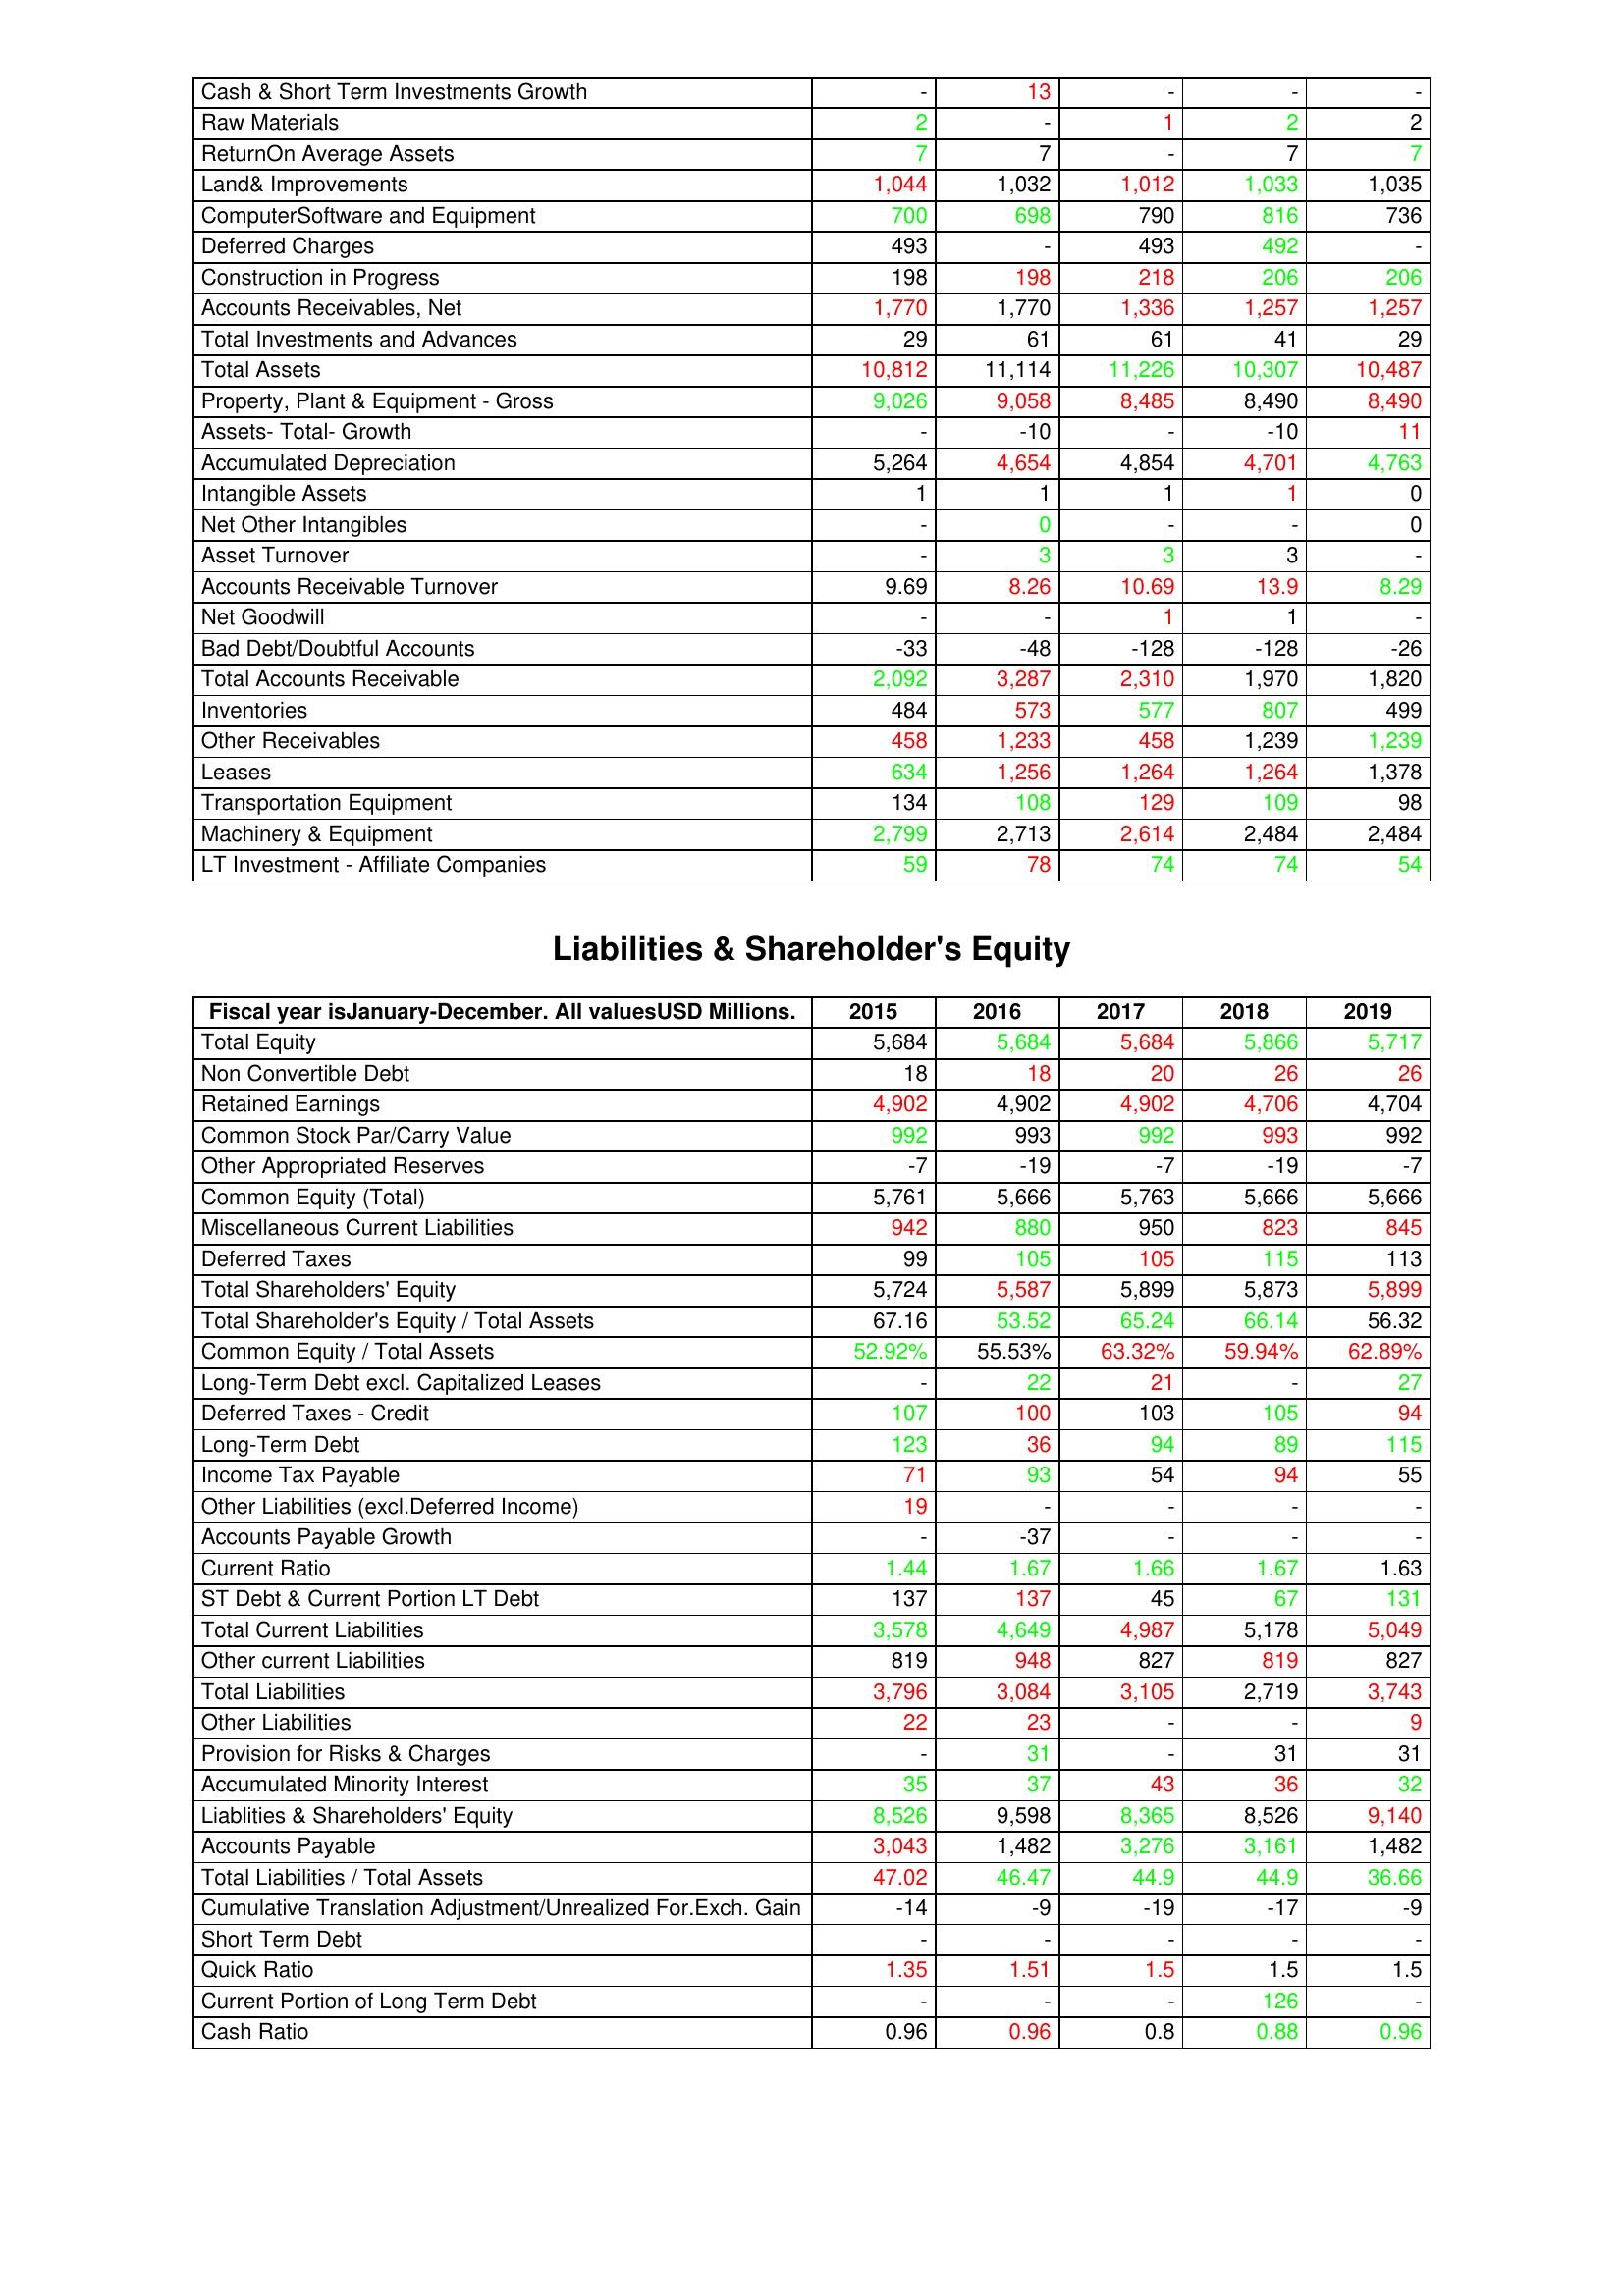
gt_parse: 2015: Assets: Cash & Short Term Investments Growth: -
Raw Materials: 2
ReturnOn Average Assets: 7
Land& Improvements: 1,044
ComputerSoftware and Equipment: 700
Deferred Charges: 493
Construction in Progress: 198
Accounts Receivables, Net: 1,770
Total Investments and Advances: 29
Total Assets: 10,812
Property, Plant & Equipment - Gross : 9,026
Assets- Total- Growth: -
Accumulated Depreciation: 5,264
Intangible Assets: 1
Net Other Intangibles: -
Asset Turnover: -
Accounts Receivable Turnover: 9.69
Net Goodwill: -
Bad Debt/Doubtful Accounts: -33
Total Accounts Receivable: 2,092
Inventories: 484
Other Receivables: 458
Leases: 634
Transportation Equipment: 134
Machinery & Equipment: 2,799
LT Investment - Affiliate Companies: 59
Liabilities & Shareholder's Equity: Total Equity: 5,684
Non Convertible Debt: 18
Retained Earnings: 4,902
Common Stock Par/Carry Value: 992
Other Appropriated Reserves: -7
Common Equity (Total): 5,761
Miscellaneous Current Liabilities: 942
Deferred Taxes: 99
Total Shareholders' Equity: 5,724
Total Shareholder's Equity / Total Assets: 67.16
Common Equity / Total Assets: 52.92%
Long-Term Debt excl. Capitalized Leases: -
Deferred Taxes - Credit: 107
Long-Term Debt: 123
Income Tax Payable: 71
Other Liabilities (excl.Deferred Income): 19
Accounts Payable Growth: -
Current Ratio: 1.44
ST Debt & Current Portion LT Debt: 137
Total Current Liabilities: 3,578
Other current Liabilities: 819
Total Liabilities: 3,796
Other Liabilities: 22
Provision for Risks & Charges: -
Accumulated Minority Interest: 35
Liablities & Shareholders' Equity: 8,526
Accounts Payable: 3,043
Total Liabilities / Total Assets: 47.02
Cumulative Translation Adjustment/Unrealized For.Exch. Gain: -14
Short Term Debt: -
Quick Ratio: 1.35
Current Portion of Long Term Debt: -
Cash Ratio: 0.96
2016: Assets: Cash & Short Term Investments Growth: 13
Raw Materials: -
ReturnOn Average Assets: 7
Land& Improvements: 1,032
ComputerSoftware and Equipment: 698
Deferred Charges: -
Construction in Progress: 198
Accounts Receivables, Net: 1,770
Total Investments and Advances: 61
Total Assets: 11,114
Property, Plant & Equipment - Gross : 9,058
Assets- Total- Growth: -10
Accumulated Depreciation: 4,654
Intangible Assets: 1
Net Other Intangibles: 0
Asset Turnover: 3
Accounts Receivable Turnover: 8.26
Net Goodwill: -
Bad Debt/Doubtful Accounts: -48
Total Accounts Receivable: 3,287
Inventories: 573
Other Receivables: 1,233
Leases: 1,256
Transportation Equipment: 108
Machinery & Equipment: 2,713
LT Investment - Affiliate Companies: 78
Liabilities & Shareholder's Equity: Total Equity: 5,684
Non Convertible Debt: 18
Retained Earnings: 4,902
Common Stock Par/Carry Value: 993
Other Appropriated Reserves: -19
Common Equity (Total): 5,666
Miscellaneous Current Liabilities: 880
Deferred Taxes: 105
Total Shareholders' Equity: 5,587
Total Shareholder's Equity / Total Assets: 53.52
Common Equity / Total Assets: 55.53%
Long-Term Debt excl. Capitalized Leases: 22
Deferred Taxes - Credit: 100
Long-Term Debt: 36
Income Tax Payable: 93
Other Liabilities (excl.Deferred Income): -
Accounts Payable Growth: -37
Current Ratio: 1.67
ST Debt & Current Portion LT Debt: 137
Total Current Liabilities: 4,649
Other current Liabilities: 948
Total Liabilities: 3,084
Other Liabilities: 23
Provision for Risks & Charges: 31
Accumulated Minority Interest: 37
Liablities & Shareholders' Equity: 9,598
Accounts Payable: 1,482
Total Liabilities / Total Assets: 46.47
Cumulative Translation Adjustment/Unrealized For.Exch. Gain: -9
Short Term Debt: -
Quick Ratio: 1.51
Current Portion of Long Term Debt: -
Cash Ratio: 0.96
2017: Assets: Cash & Short Term Investments Growth: -
Raw Materials: 1
ReturnOn Average Assets: -
Land& Improvements: 1,012
ComputerSoftware and Equipment: 790
Deferred Charges: 493
Construction in Progress: 218
Accounts Receivables, Net: 1,336
Total Investments and Advances: 61
Total Assets: 11,226
Property, Plant & Equipment - Gross : 8,485
Assets- Total- Growth: -
Accumulated Depreciation: 4,854
Intangible Assets: 1
Net Other Intangibles: -
Asset Turnover: 3
Accounts Receivable Turnover: 10.69
Net Goodwill: 1
Bad Debt/Doubtful Accounts: -128
Total Accounts Receivable: 2,310
Inventories: 577
Other Receivables: 458
Leases: 1,264
Transportation Equipment: 129
Machinery & Equipment: 2,614
LT Investment - Affiliate Companies: 74
Liabilities & Shareholder's Equity: Total Equity: 5,684
Non Convertible Debt: 20
Retained Earnings: 4,902
Common Stock Par/Carry Value: 992
Other Appropriated Reserves: -7
Common Equity (Total): 5,763
Miscellaneous Current Liabilities: 950
Deferred Taxes: 105
Total Shareholders' Equity: 5,899
Total Shareholder's Equity / Total Assets: 65.24
Common Equity / Total Assets: 63.32%
Long-Term Debt excl. Capitalized Leases: 21
Deferred Taxes - Credit: 103
Long-Term Debt: 94
Income Tax Payable: 54
Other Liabilities (excl.Deferred Income): -
Accounts Payable Growth: -
Current Ratio: 1.66
ST Debt & Current Portion LT Debt: 45
Total Current Liabilities: 4,987
Other current Liabilities: 827
Total Liabilities: 3,105
Other Liabilities: -
Provision for Risks & Charges: -
Accumulated Minority Interest: 43
Liablities & Shareholders' Equity: 8,365
Accounts Payable: 3,276
Total Liabilities / Total Assets: 44.9
Cumulative Translation Adjustment/Unrealized For.Exch. Gain: -19
Short Term Debt: -
Quick Ratio: 1.5
Current Portion of Long Term Debt: -
Cash Ratio: 0.8
2018: Assets: Cash & Short Term Investments Growth: -
Raw Materials: 2
ReturnOn Average Assets: 7
Land& Improvements: 1,033
ComputerSoftware and Equipment: 816
Deferred Charges: 492
Construction in Progress: 206
Accounts Receivables, Net: 1,257
Total Investments and Advances: 41
Total Assets: 10,307
Property, Plant & Equipment - Gross : 8,490
Assets- Total- Growth: -10
Accumulated Depreciation: 4,701
Intangible Assets: 1
Net Other Intangibles: -
Asset Turnover: 3
Accounts Receivable Turnover: 13.9
Net Goodwill: 1
Bad Debt/Doubtful Accounts: -128
Total Accounts Receivable: 1,970
Inventories: 807
Other Receivables: 1,239
Leases: 1,264
Transportation Equipment: 109
Machinery & Equipment: 2,484
LT Investment - Affiliate Companies: 74
Liabilities & Shareholder's Equity: Total Equity: 5,866
Non Convertible Debt: 26
Retained Earnings: 4,706
Common Stock Par/Carry Value: 993
Other Appropriated Reserves: -19
Common Equity (Total): 5,666
Miscellaneous Current Liabilities: 823
Deferred Taxes: 115
Total Shareholders' Equity: 5,873
Total Shareholder's Equity / Total Assets: 66.14
Common Equity / Total Assets: 59.94%
Long-Term Debt excl. Capitalized Leases: -
Deferred Taxes - Credit: 105
Long-Term Debt: 89
Income Tax Payable: 94
Other Liabilities (excl.Deferred Income): -
Accounts Payable Growth: -
Current Ratio: 1.67
ST Debt & Current Portion LT Debt: 67
Total Current Liabilities: 5,178
Other current Liabilities: 819
Total Liabilities: 2,719
Other Liabilities: -
Provision for Risks & Charges: 31
Accumulated Minority Interest: 36
Liablities & Shareholders' Equity: 8,526
Accounts Payable: 3,161
Total Liabilities / Total Assets: 44.9
Cumulative Translation Adjustment/Unrealized For.Exch. Gain: -17
Short Term Debt: -
Quick Ratio: 1.5
Current Portion of Long Term Debt: 126
Cash Ratio: 0.88
2019: Assets: Cash & Short Term Investments Growth: -
Raw Materials: 2
ReturnOn Average Assets: 7
Land& Improvements: 1,035
ComputerSoftware and Equipment: 736
Deferred Charges: -
Construction in Progress: 206
Accounts Receivables, Net: 1,257
Total Investments and Advances: 29
Total Assets: 10,487
Property, Plant & Equipment - Gross : 8,490
Assets- Total- Growth: 11
Accumulated Depreciation: 4,763
Intangible Assets: 0
Net Other Intangibles: 0
Asset Turnover: -
Accounts Receivable Turnover: 8.29
Net Goodwill: -
Bad Debt/Doubtful Accounts: -26
Total Accounts Receivable: 1,820
Inventories: 499
Other Receivables: 1,239
Leases: 1,378
Transportation Equipment: 98
Machinery & Equipment: 2,484
LT Investment - Affiliate Companies: 54
Liabilities & Shareholder's Equity: Total Equity: 5,717
Non Convertible Debt: 26
Retained Earnings: 4,704
Common Stock Par/Carry Value: 992
Other Appropriated Reserves: -7
Common Equity (Total): 5,666
Miscellaneous Current Liabilities: 845
Deferred Taxes: 113
Total Shareholders' Equity: 5,899
Total Shareholder's Equity / Total Assets: 56.32
Common Equity / Total Assets: 62.89%
Long-Term Debt excl. Capitalized Leases: 27
Deferred Taxes - Credit: 94
Long-Term Debt: 115
Income Tax Payable: 55
Other Liabilities (excl.Deferred Income): -
Accounts Payable Growth: -
Current Ratio: 1.63
ST Debt & Current Portion LT Debt: 131
Total Current Liabilities: 5,049
Other current Liabilities: 827
Total Liabilities: 3,743
Other Liabilities: 9
Provision for Risks & Charges: 31
Accumulated Minority Interest: 32
Liablities & Shareholders' Equity: 9,140
Accounts Payable: 1,482
Total Liabilities / Total Assets: 36.66
Cumulative Translation Adjustment/Unrealized For.Exch. Gain: -9
Short Term Debt: -
Quick Ratio: 1.5
Current Portion of Long Term Debt: -
Cash Ratio: 0.96